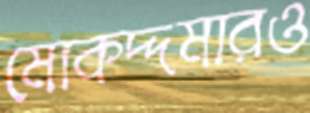
মোকদ্দমারও